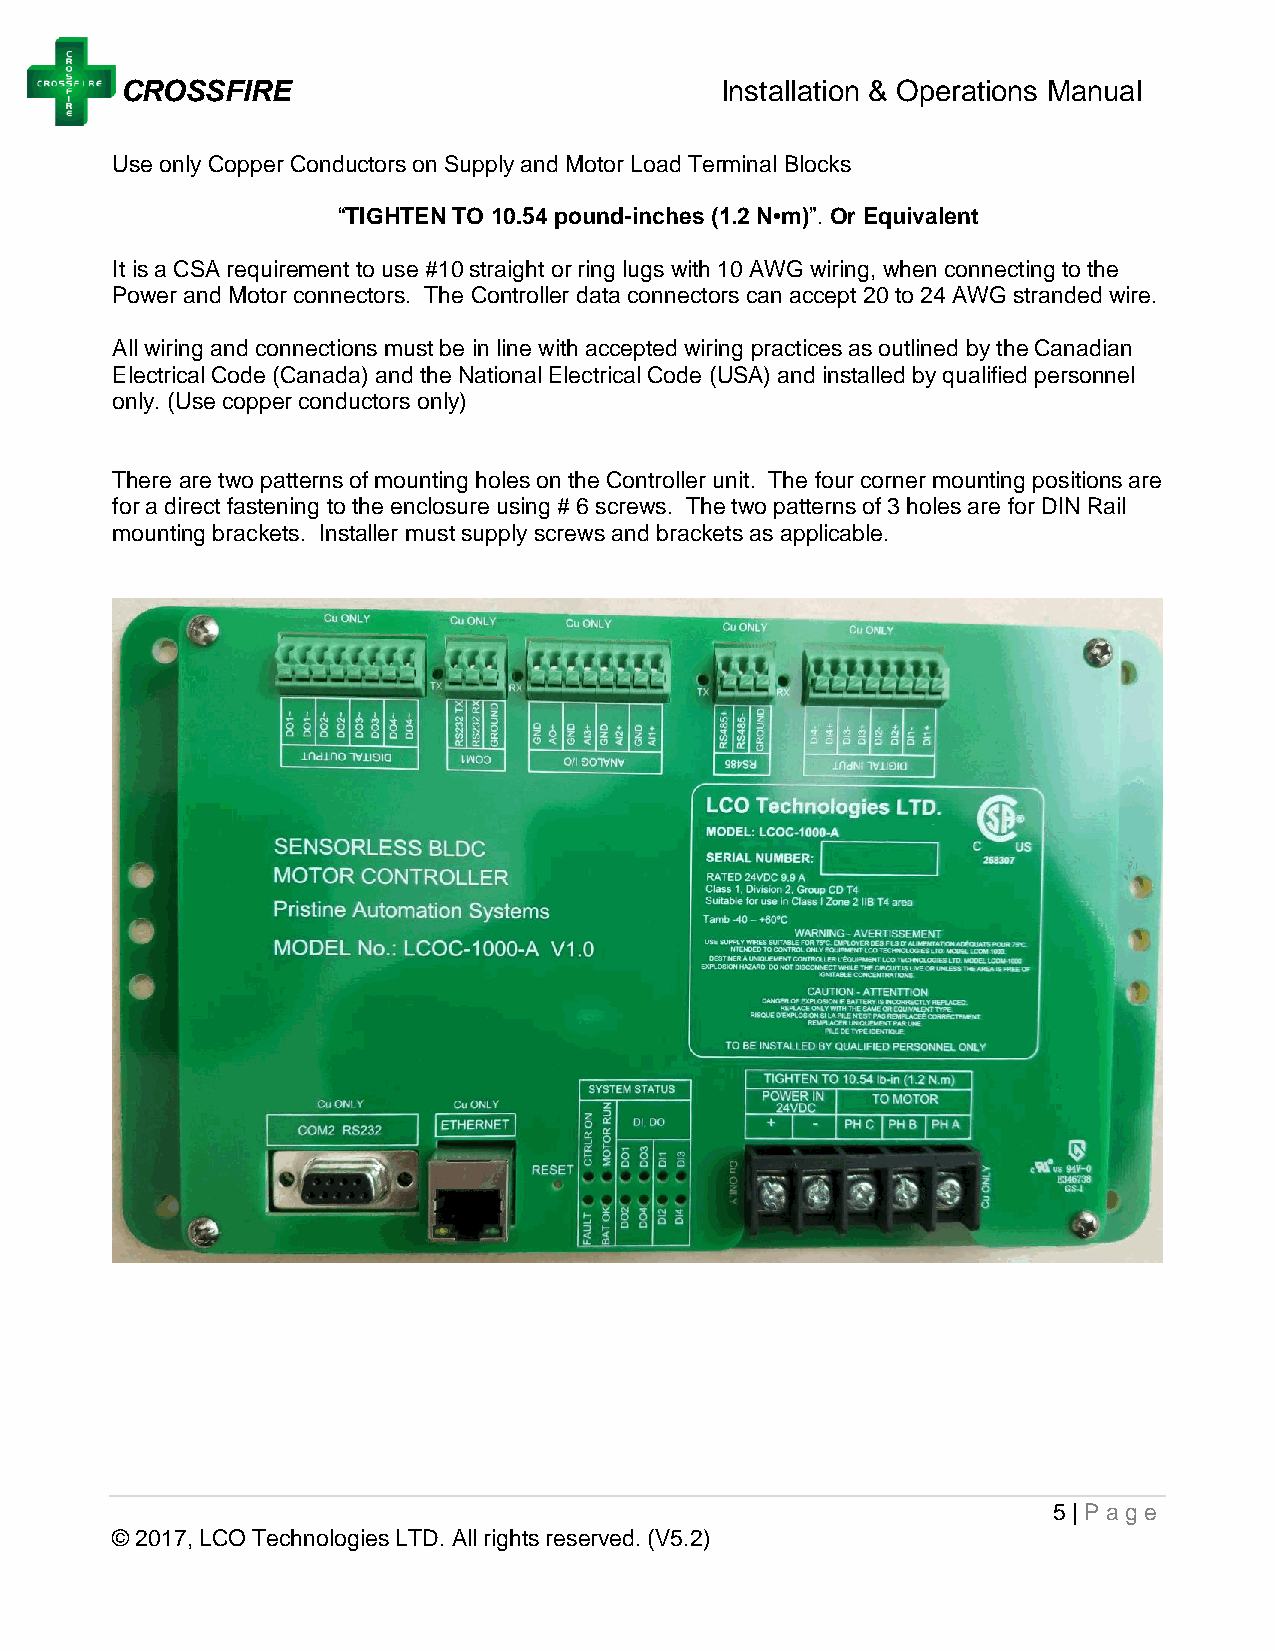
CROSSFIRE                               Installation & Operations Manual
 Use only Copper Conductors on Supply and Motor Load Terminal Blocks
 “TIGHTEN TO 10.54 pound-inches (1.2 N•m)”. Or Equivalent
 It is a CSA requirement to use #10 straight or ring lugs with 10 AWG wiring, when connecting to the
 Power and Motor connectors. The Controller data connectors can accept 20 to 24 AWG stranded wire.
 All wiring and connections must be in line with accepted wiring practices as outlined by the Canadian
 Electrical Code (Canada) and the National Electrical Code (USA) and installed by qualified personnel
 only. (Use copper conductors only)
 There are two patterns of mounting holes on the Controller unit. The four corner mounting positions are
 for a direct fastening to the enclosure using # 6 screws. The two patterns of 3 holes are for DIN Rail
 mounting brackets. Installer must supply screws and brackets as applicable.
 5 | Page
 © 2017, LCO Technologies LTD. All rights reserved. (V5.2)